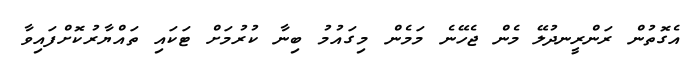
އެގޮތުން ރަންރީނދުލޭ މެން ޖެހޭނެ މަމެން މިގައުމު ބިނާ ކުރުމަށް ޓަކައި ތައްޔާރުކޮށްފައިވާ